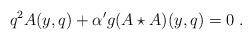
LaTeX: \begin{align*}q^2A(y,q)+{\alpha^{\prime}} g (A\star A)(y,q)=0\,\,.\end{align*}